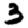
Digit: 3